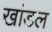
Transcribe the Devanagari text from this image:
खांडल